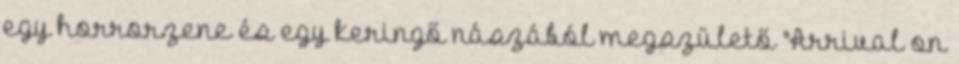
egy horrorzene és egy keringő nászából megszülető "Arrival on